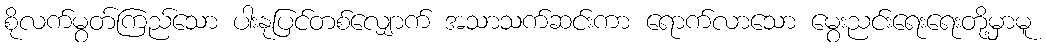
စိုလက်မွတ်ကြည်သော ပါးနုပြင်တစ်လျှောက် အသာသက်ဆင်းကာ ရောက်လာသော မွေးညင်းရေးရေးတို့မှာမူ